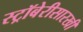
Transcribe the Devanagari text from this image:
स्ट्रॉबेरीसारखी